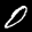
Label: 0